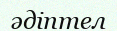
әдіптел